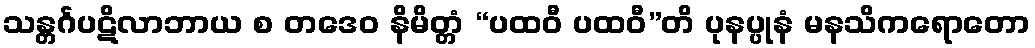
သန္တင်္ဂပဋိလာဘာယ စ တဒေဝ နိမိတ္တံ “ပထဝီ ပထဝီ”တိ ပုနပ္ပုနံ မနသိကရောတော